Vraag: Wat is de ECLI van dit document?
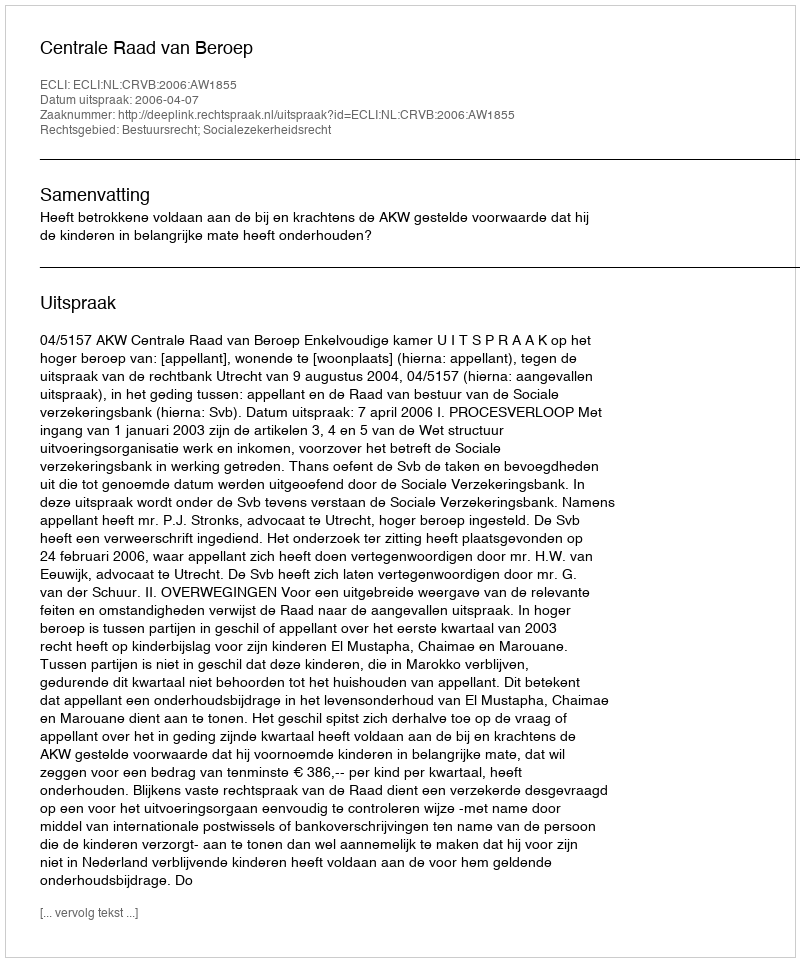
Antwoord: ECLI:NL:CRVB:2006:AW1855